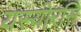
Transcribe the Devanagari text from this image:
यस्योरसि